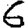
Digit: 6